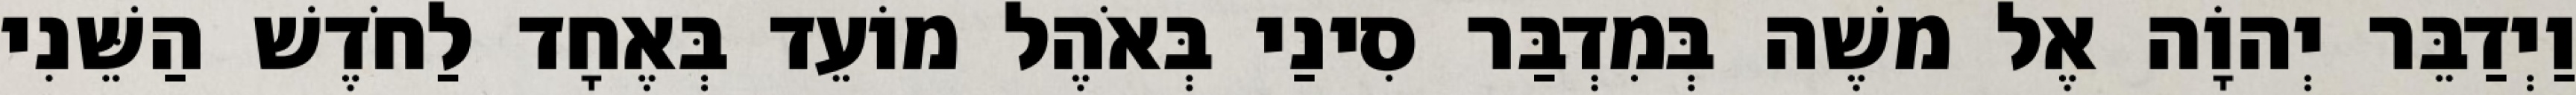
וַיְדַבֵּר יְהוָֹה אֶל משֶׁה בְּמִדְבַּר סִינַי בְּאֹהֶל מוֹעֵד בְּאֶחָד לַחֹדֶשׁ הַשֵּׁנִי